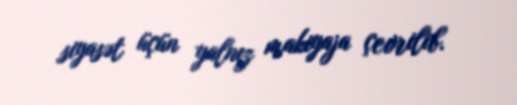
siyasət üçün yalnız makiyaja çevrilib.